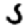
Digit: 5